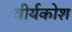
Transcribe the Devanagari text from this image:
वीर्यकोश